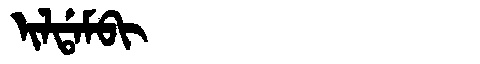
Manchu: ᡳᠯᡩᠠᠮᠪᡳ
Romanization: ILDAMBI